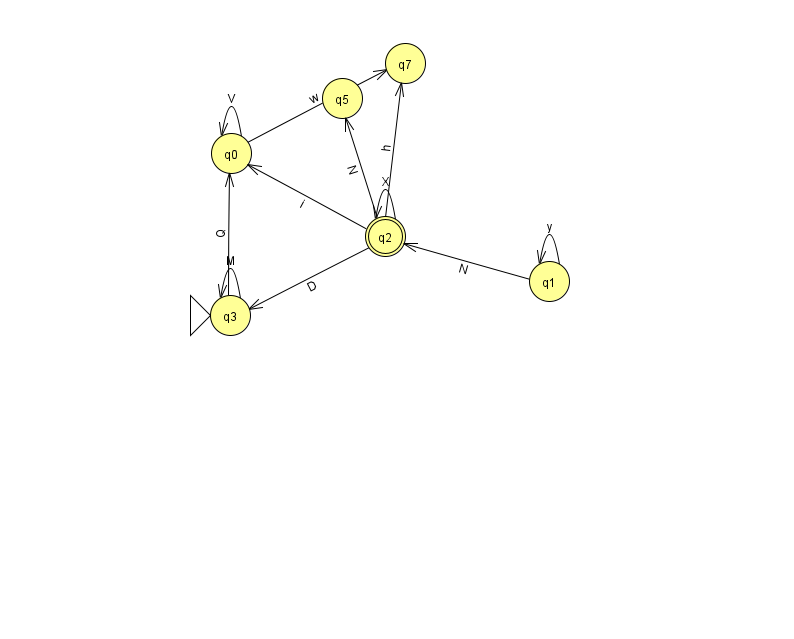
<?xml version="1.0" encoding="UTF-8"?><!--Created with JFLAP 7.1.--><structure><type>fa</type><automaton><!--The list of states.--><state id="0" name="q0"><x>231.0</x><y>140.0</y></state><state id="1" name="q1"><x>549.0</x><y>268.0</y></state><state id="2" name="q2"><x>385.0</x><y>223.0</y><final/></state><state id="3" name="q3"><x>230.0</x><y>302.0</y><initial/></state><state id="5" name="q5"><x>342.0</x><y>85.0</y></state><state id="7" name="q7"><x>405.0</x><y>50.0</y></state><!--The list of transitions.--><transition><from>2</from><to>0</to><read>i</read></transition><transition><from>2</from><to>3</to><read>D</read></transition><transition><from>2</from><to>5</to><read>N</read></transition><transition><from>0</from><to>0</to><read>V</read></transition><transition><from>0</from><to>7</to><read>w</read></transition><transition><from>1</from><to>2</to><read>N</read></transition><transition><from>2</from><to>2</to><read>X</read></transition><transition><from>1</from><to>1</to><read>y</read></transition><transition><from>3</from><to>0</to><read>Q</read></transition><transition><from>3</from><to>3</to><read>M</read></transition><transition><from>2</from><to>7</to><read>h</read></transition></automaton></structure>